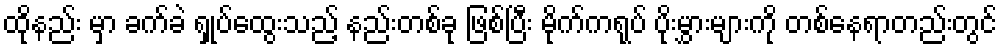
ထိုနည်း မှာ ခက်ခဲ ရှုပ်ထွေးသည့် နည်းတစ်ခု ဖြစ်ပြီး မိုက်ကရုပ် ပိုးမွှားများကို တစ်နေရာတည်းတွင်